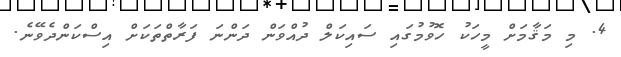
4. މި މަޤާމަށް މީހަކު ހޮވުމުގައި ސައިކަލް ދުއްވަން ދަންނަ ފަރާތްތަކަށް އިސްކަންދެވޭނެ.